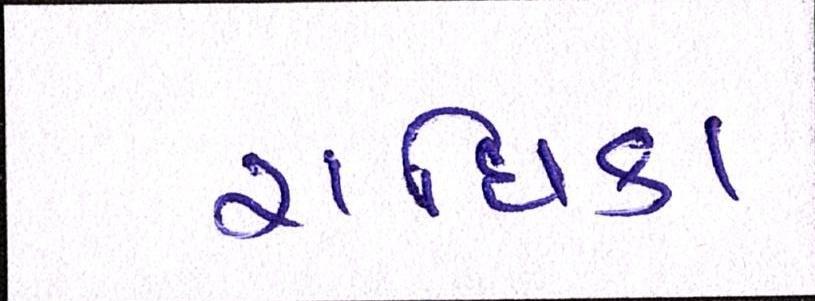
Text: રાધિકા